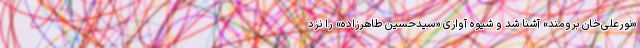
«نورعلی‌خان برومند» آشنا شد و شیوهٔ آوازی «سیدحسین طاهرزاده» را نزد